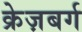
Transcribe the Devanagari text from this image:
क्रेज़बर्ग